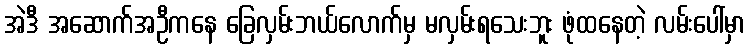
အဲဒီ အဆောက်အဦကနေ ခြေလှမ်းဘယ်လောက်မှ မလှမ်းရသေးဘူး ဖုံထနေတဲ့ လမ်းပေါ်မှာ